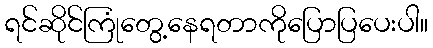
ရင်ဆိုင်ကြုံတွေ့နေရတာကိုပြောပြပေးပါ။